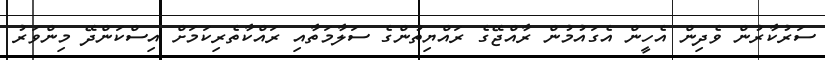
ސަރުކާރުން ވެދިން އެހީން އެގައުމުން ރާއްޖޭގެ ރައްޔިތުންގެ ސަލާމަތާއި ރައްކާތެރިކަމަށް އިސްކަންދޭ މިންވަރު